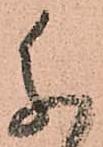
参